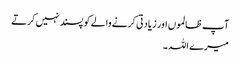
آپ ظالموں اور زیادتی کرنے والے کو پسند نہیں کرتے
میرے اللہ ۔